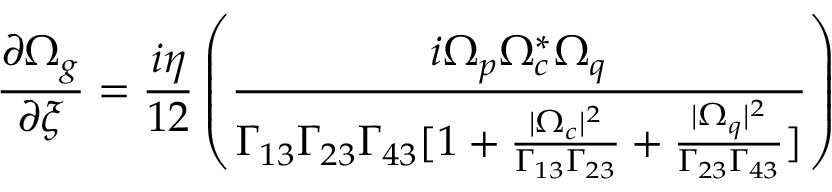
\frac { \partial \Omega _ { g } } { \partial \xi } = \frac { i \eta } { 1 2 } \left( \frac { i \Omega _ { p } \Omega _ { c } ^ { * } \Omega _ { q } } { \Gamma _ { 1 3 } \Gamma _ { 2 3 } \Gamma _ { 4 3 } [ 1 + \frac { | \Omega _ { c } | ^ { 2 } } { \Gamma _ { 1 3 } \Gamma _ { 2 3 } } + \frac { | \Omega _ { q } | ^ { 2 } } { \Gamma _ { 2 3 } \Gamma _ { 4 3 } } ] } \right)